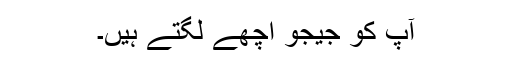
آپ کو جیجو اچھے لگتے ہیں۔